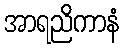
အာရညိကာနံ